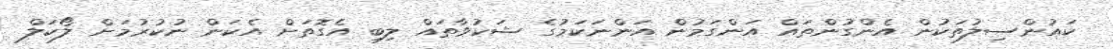
ކައުންސިލުތަކުން އެންގުންތައް އަންގަމުން އަންނަކަމުގެ ޝަކުވާތައް ލިބި އެގޮތަށް އެކަން ނުކުރުމަށް ލޯކަލް